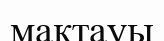
мақтауы